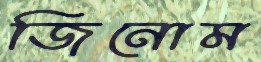
জিনোম